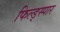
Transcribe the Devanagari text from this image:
फिल्ड्स्पार